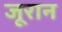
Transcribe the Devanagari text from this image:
जूरान